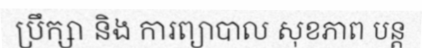
ប្រឹក្សា និង ការព្យាបាល សុខភាព បន្ត